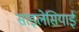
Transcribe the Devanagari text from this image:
साइलेसियाई